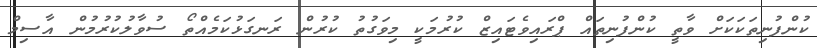
ކުންފުނިތަކަކަށް ވާތީ ކުންފުނިތައް ޕްރައިވެޓައިޒް ކުރުމަކީ މިވަގުތު ކުރުން ރަނގަޅުކަމެއްތޯ ސުވާލުކުރުމުން އާސިމް